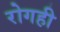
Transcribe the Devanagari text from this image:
रोगही